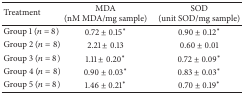
| Treatment | MDA (nM MDA/mg sample) | SOD (unit SOD/mg sample) |
 | --- | --- | --- |
 | Group 1 (n = 8) | 0.72 ± 0.15∗ | 0.90 ± 0.12∗ |
 | Group 2 (n = 8) | 2.21 ± 0.13 | 0.60 ± 0.01 |
 | Group 3 (n = 8) | 1.11 ± 0.20∗ | 0.72 ± 0.09∗ |
 | Group 4 (n = 8) | 0.90 ± 0.03∗ | 0.83 ± 0.03∗ |
 | Group 5 (n = 8) | 1.46 ± 0.21∗ | 0.70 ± 0.19∗ |